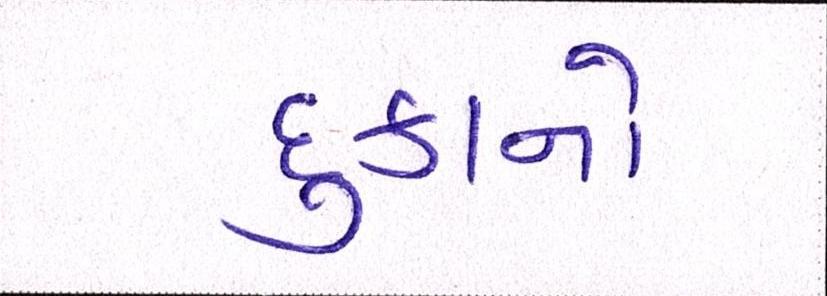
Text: દુકાનો